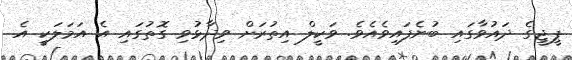
ޕީޖީގެ ދައުވާގައި ބުނެފައިވެއެވެ. ވަކީލް އިތުރަށް ވިދާޅުވި ގޮތުގައި އެ އަމަލަކީ އެ